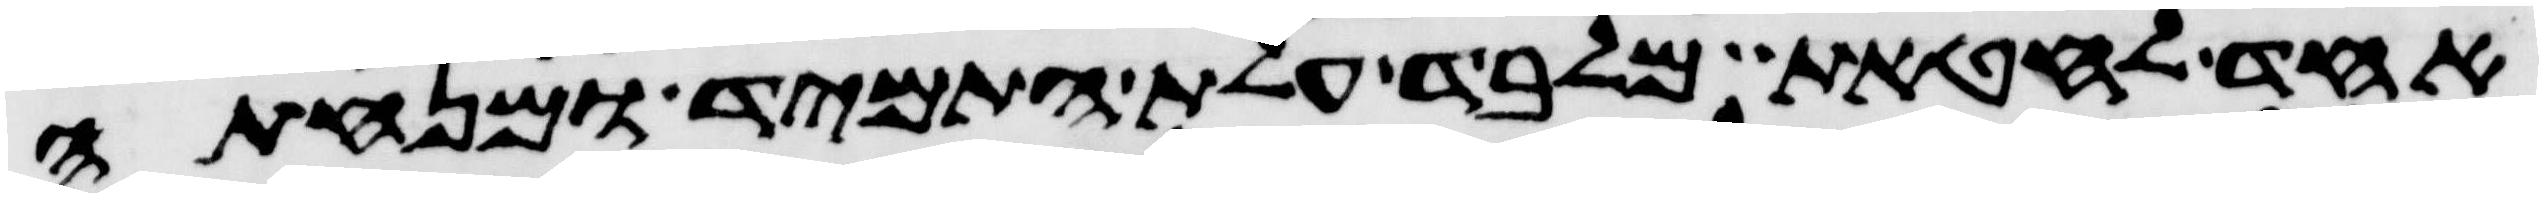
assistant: אחד לחטאת מלבד עלת התמיד ומנחתה